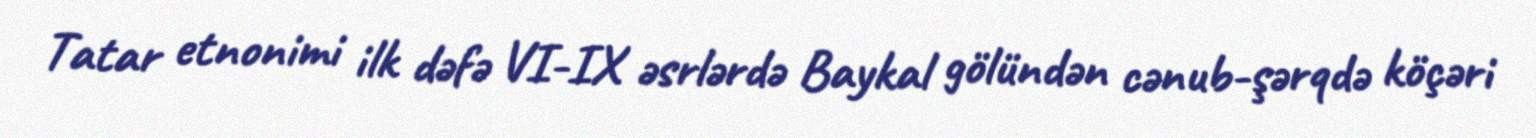
Tatar etnonimi ilk dəfə VI-IX əsrlərdə Baykal gölündən cənub-şərqdə köçəri